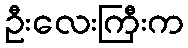
ဦးလေးကြီးက